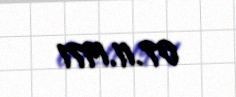
07.11.1971